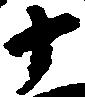
十